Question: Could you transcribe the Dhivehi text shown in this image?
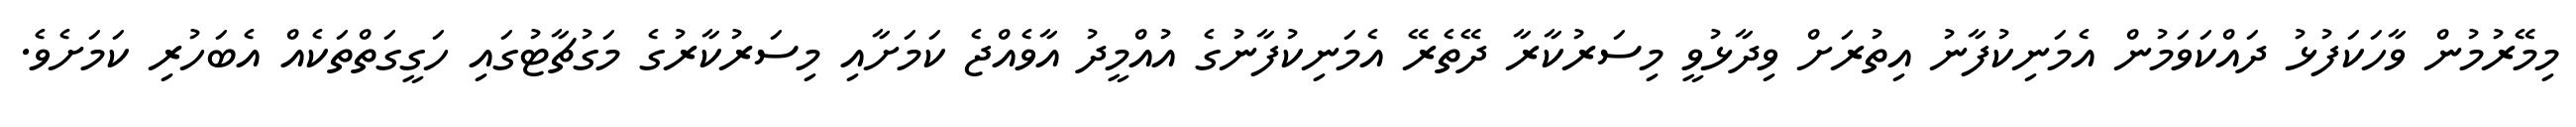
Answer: މިމޭރުމުން ވާހަކަފުޅު ދައްކަވަމުން އެމަނިކުފާނު އިތުރަށް ވިދާޅުވީ މިސަރުކާރާ ދޭތެރޭ އެމަނިކުފާނުގެ އުއްމީދު އާވެއްޖެ ކަމަށާއި މިސަރުކާރުގެ މަގުޗާޓުގައި ހަގީގަތްތަކެއް އެބަހުރި ކަމަށެވެ.